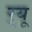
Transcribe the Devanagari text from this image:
र्‌यू